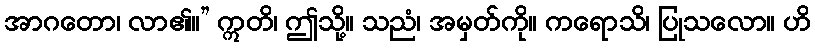
အာဂတော၊ လာ၏။” ဣတိ၊ ဤသို့။ သညံ၊ အမှတ်ကို။ ကရောသိ၊ ပြုသလော။ ဟိ